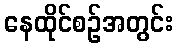
နေထိုင်စဉ်အတွင်း